Medical and sanitary report of the native army of Madras for the year
Year: 1875
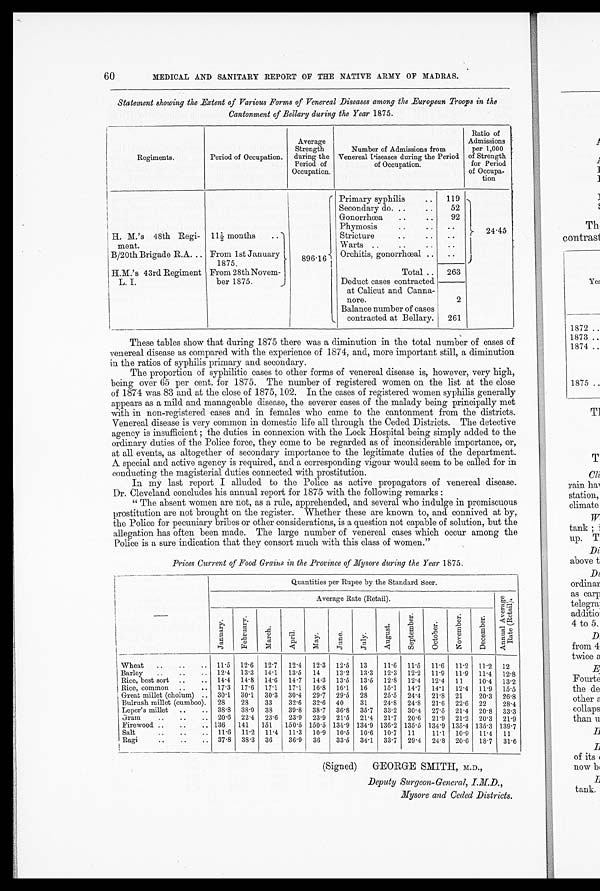
These tables show that during 1875 there was a diminution in the total number of cases of
venereal disease as compared with the experience of 1874, and, more important still, a diminution
in the ratios of syphilis primary and secondary.
The proportion of syphilitic cases to other forms of venereal disease is, however, very high,
being over 65 per cent. for 1875. The number of registered women on the list at the close
of 1874 was 83 and at the close of 1875, 102. In the cases of registered women syphilis generally
appears as a mild and manageable disease, the severer cases of the malady being principally met
with in non-registered cases and in females who came to the cantonment from the districts.
Venereal disease is very common in domestic life all through the Ceded Districts. The detective
agency is insufficient ; the duties in connexion with the Lock Hospital being simply added to the
ordinary duties of the Police force, they come to be regarded as of inconsiderable importance, or,
at all events, as altogether of secondary importance to the legitimate duties of the department.
A special and active agency is required, and a corresponding vigour would seem to be called for in
conducting the magisterial duties connected with prostitution.
In my last report I alluded to the Police as active propagators of venereal disease.
Dr. Cleveland concludes his annual report for 1875 with the following remarks :
" The absent women are not, as a rule, apprehended, and several who indulge in promiscuous
prostitution are not brought on the register. Whether these are known to, and connived at by,
the Police for pecuniary bribes or other considerations, is a question not capable of solution, but the
allegation has often been made. The large number of venereal cases which occur among the
Police is a sure indication that they consort much with this class of women."
Prices Current of Food Grains in the Province of Mysore during the Year 1875.
Quantities per Rupee by the Standard seer.
Average Rate (Retail).
A n n u a l A v e r a g e R a t e ( R e t a i l )
J anuar y
Fe br ua r y
March
April
May
June
July
August
S e p t e mb e r
Oc t obe r
No v e mb e r
De c e mb e r
Wheat ..
..
.. 11.5 12.6 12.7 12.4 12.3 12.5 13
11.6 11.5 11.6 11.2 11.2 12
Barley
..
..
.. 12.4 13.3 14.1 13.5 14
13.2 13.3 12.3 12.2 11.9 11.9 11.4 12.8
Rice, best sort ..
.. 14.4 14.8 14.6 14.7 14.3 13.5 13.5 12.8 12.4 12.4 11
10.4 13.2
Rice, common ..
.. 17.3 17.6 17.1 17.1 16.8 16.1 16
15.1 14.7 14.1 12.4 11.9 15.5
Great millet (cholum) .. 30.1 30.1 30.3 30.4 29.7 29.5 28
25.5 24.4 21.8 21
20.3 26.8
Bulrush millet (cumboo). 28
28
33
32.6 32.6 40
31
24.8 24.8 21.6 22.6 22
28.4
Leper's millet ..
.. 38.8 38.9 38
39.8 38.7 36.8 35.7 33.2 30.4 27.5 21.4 20.8 33.3
Gram
..
.. 20.6 22.4 23.6 23.9 23.9 21.5 21.4 21.7 20.6 21.9 21.2 20.3 21.9
Firewood ..
..
.. 136 141 151 150.5 150.5 134.9 134.9 136.2 135.5 134.9 135.4 135.3 139.7
Salt
..
..
.. 11.6 11.2 11.4 11.3 10.9 10.5 10.6 10.7 11
11.1 10.9 11.4 11
Ragi
..
..
.. 37.8 38.3 36
36.9 36
33.5 34.1 33.7 29.4 24.8 20.6 18.7 31.6
(Signed) GEORGE SMITH, M.D.,
Deputy Surgeon-General, LAD.,
Mysore and Ceded Districts.
60
MEDICAL AND SANITARY REPORT OF THE NATIVE ARMY OF MADRAS.
Statement showing the Extent of Various Forms of Venereal Diseases among the European Troops in the
Cantonment of Bellary during the Year 1875.
Regiments.
Period of Occupation.
Average
Strength
during the
Period of
Occupation.
Number of Admissions from
Venereal Diseases during the Period
of Occupation.
Ratio of
Admissions
per 1,000
of Strength
for Period
of Occupa
tion
Primary syphilis
..
119
Secondary do .. .. 52
24 .45
Gonorrhoea
..
..
92
Phymosis
..
.. ..
H M
.'s 48th Regi
ment.
11 1/2 months ..
Stricture
.. . . . .
Warts ..
..
..
..
B/20th Brigade R.A. .. From 1st January
1875.
896.16
Orchitis, gonorrhoeal ..
..
H.M.'s 43rd Regiment
L. I.
From 28thNovem
ber 1875.
Total ..
263
Deduct cases contracted
at Calicut and Canna
nore.
2
Balance number of cases
contracted at Bellary.
261